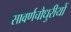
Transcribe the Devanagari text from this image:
सावर्णचौधुरीयों